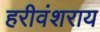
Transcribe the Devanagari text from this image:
हरीवंशराय